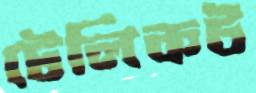
টেলিকট